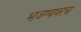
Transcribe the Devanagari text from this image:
भाजण्यावरचा